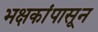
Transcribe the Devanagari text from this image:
भक्षकांपासून